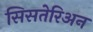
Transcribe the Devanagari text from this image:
सिसतेरिअन